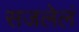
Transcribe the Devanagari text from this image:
सजलेलं